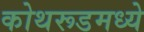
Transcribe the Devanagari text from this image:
कोथरूडमध्ये